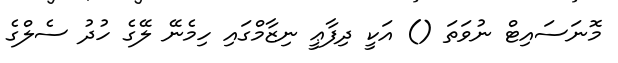
މޮނަސައިޓް ނުވަތަ () އަކީ ދިފާޢީ ނިޒާމްގައި ހިމެނޭ ލޭގެ ހުދު ސެލްގެ